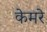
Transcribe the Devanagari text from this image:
केमरे